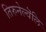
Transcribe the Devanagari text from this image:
तिरुनेल्वॆलि